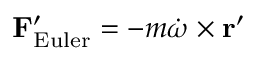
\mathbf { F } _ { \mathrm { E u l e r } } ^ { \prime } = - m { \dot { \boldsymbol { \omega } } } \times \mathbf { r } ^ { \prime }